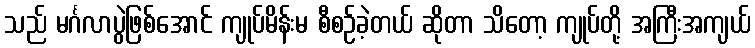
သည် မင်္ဂလာပွဲဖြစ်အောင် ကျုပ်မိန်းမ စီစဉ်ခဲ့တယ် ဆိုတာ သိတော့ ကျုပ်တို့ အကြီးအကျယ်